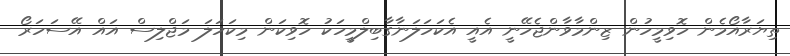
ތިޔަރާއޯމެން ހޮވިމީހުން ޒިންމާވާންޖެހޭނީ އެއީ އެކަހަލަނާގާބިލްމީހަކު ހޮވިކަން މިކަހަލަ މަޖްލިސް އައް އޭސަހަރޯ